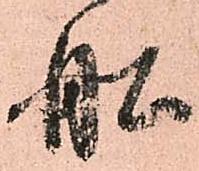
船